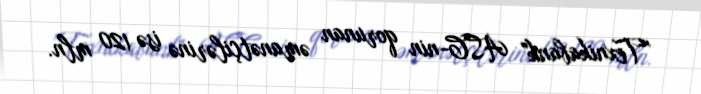
"Texnikabank" ASC-nin qorunan əmanətçilərinə isə 120 mln.